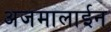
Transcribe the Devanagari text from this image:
अजमालाईन